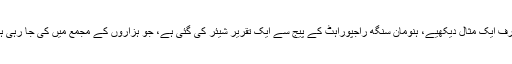
صرف ایک مثال دیکھیے، ہنومان سنگھ راجپوراہٹ کے پیج سے ایک تقریر شیئر کی گئی ہے، جو ہزاروں کے مجمع میں کی جا رہی ہے۔